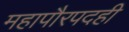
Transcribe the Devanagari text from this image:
महापौरपदही